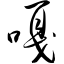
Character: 嘎